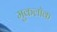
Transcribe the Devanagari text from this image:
मुकलॉक